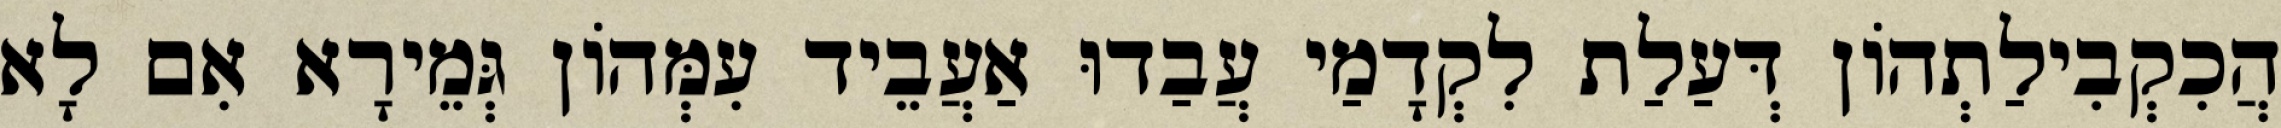
הֲכִקְבִילַתְהוֹן דְּעַלַת לִקְדָמַי עֲבַדוּ אַעֲבֵיד עִמְּהוֹן גְּמֵירָא אִם לָא